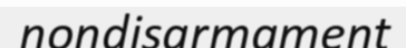
nondisarmament